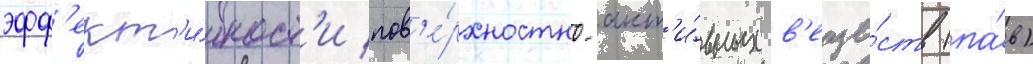
эфф'ект'и́вност'и пов'е́рхностно-акт'и́вных в'еще́ств (па́в)